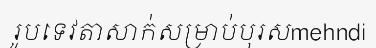
រូបទេវតាសាក់សម្រាប់បុរសmehndi